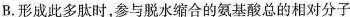
B.形成此多肽时，参与脱水缩合的氨基酸总的相对分子